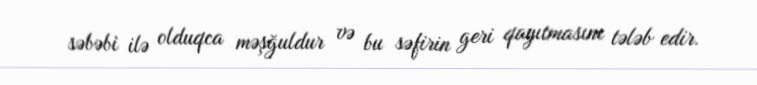
səbəbi ilə olduqca məşğuldur və bu səfirin geri qayıtmasını tələb edir.